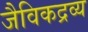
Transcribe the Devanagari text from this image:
जैविकद्रव्य